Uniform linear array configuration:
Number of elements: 4
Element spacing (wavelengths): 1
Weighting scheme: binomial
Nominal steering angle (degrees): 30
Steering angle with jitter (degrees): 30.942
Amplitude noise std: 0.05
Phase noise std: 0.05

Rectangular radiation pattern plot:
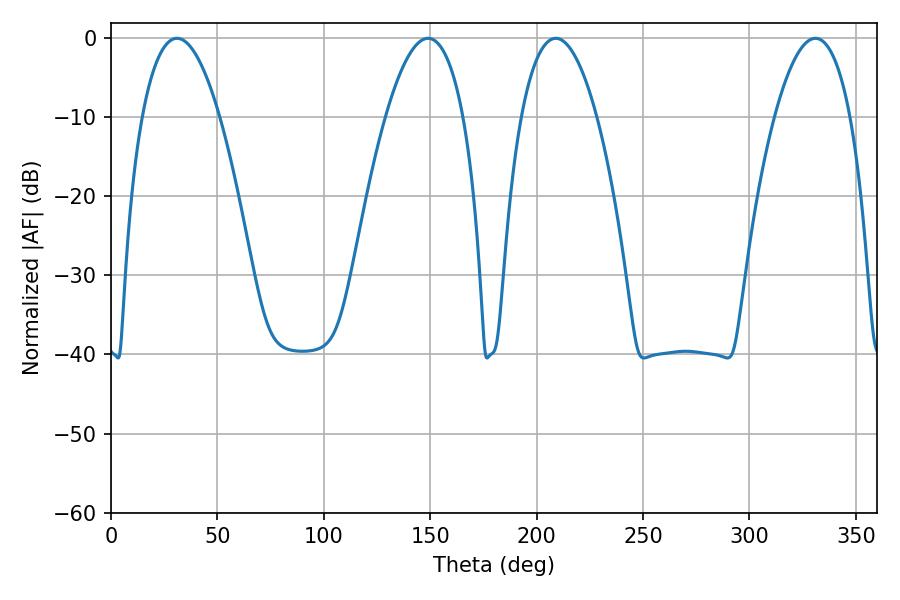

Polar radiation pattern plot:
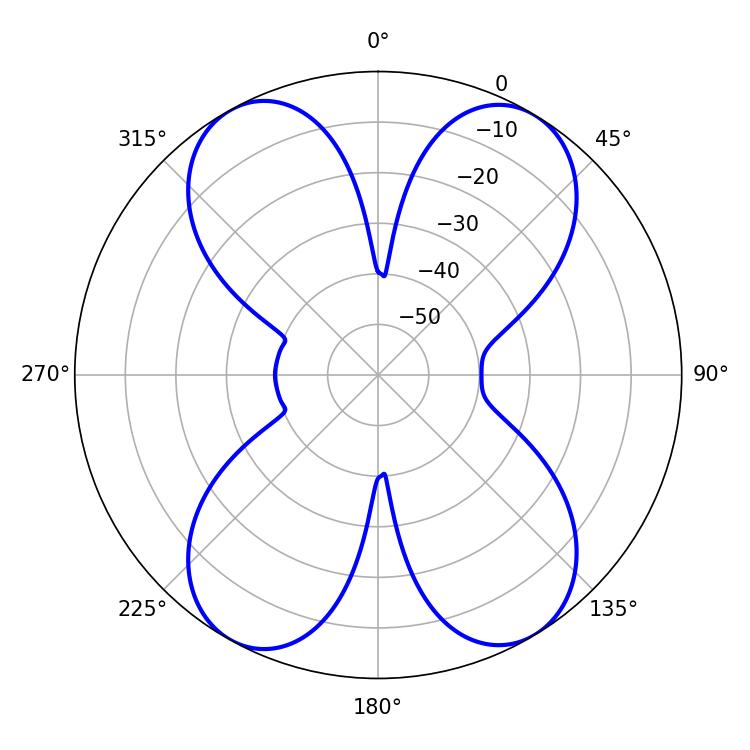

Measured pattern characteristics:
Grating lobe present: TRUE
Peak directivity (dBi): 17.757
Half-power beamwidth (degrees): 19.8
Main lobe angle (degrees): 208.98